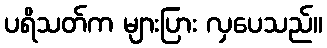
ပရိသတ်က များပြား လှပေသည်။